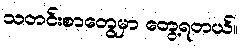
သတင်းစာတွေမှာ တွေ့ရတယ်။